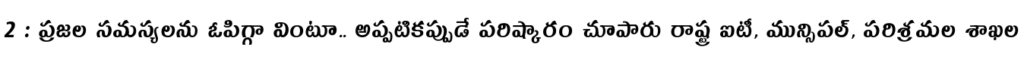
2 : ప్రజల సమస్యలను ఓపిగ్గా వింటూ.. అప్పటికప్పుడే పరిష్కారం చూపారు రాష్ట్ర ఐటీ, మున్సిపల్, పరిశ్రమల శాఖల